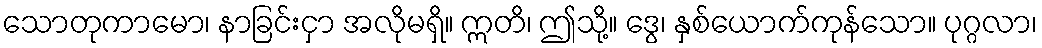
သောတုကာမော၊ နာခြင်းငှာ အလိုမရှိ။ ဣတိ၊ ဤသို့။ ဒွေ၊ နှစ်ယောက်ကုန်သော။ ပုဂ္ဂလာ၊